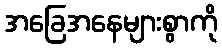
အခြေအနေများစွာကို